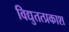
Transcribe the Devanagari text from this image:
विद्युतत्प्रकाश